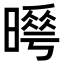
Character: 𭧮